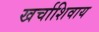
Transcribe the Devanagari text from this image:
खर्चाशिवाय